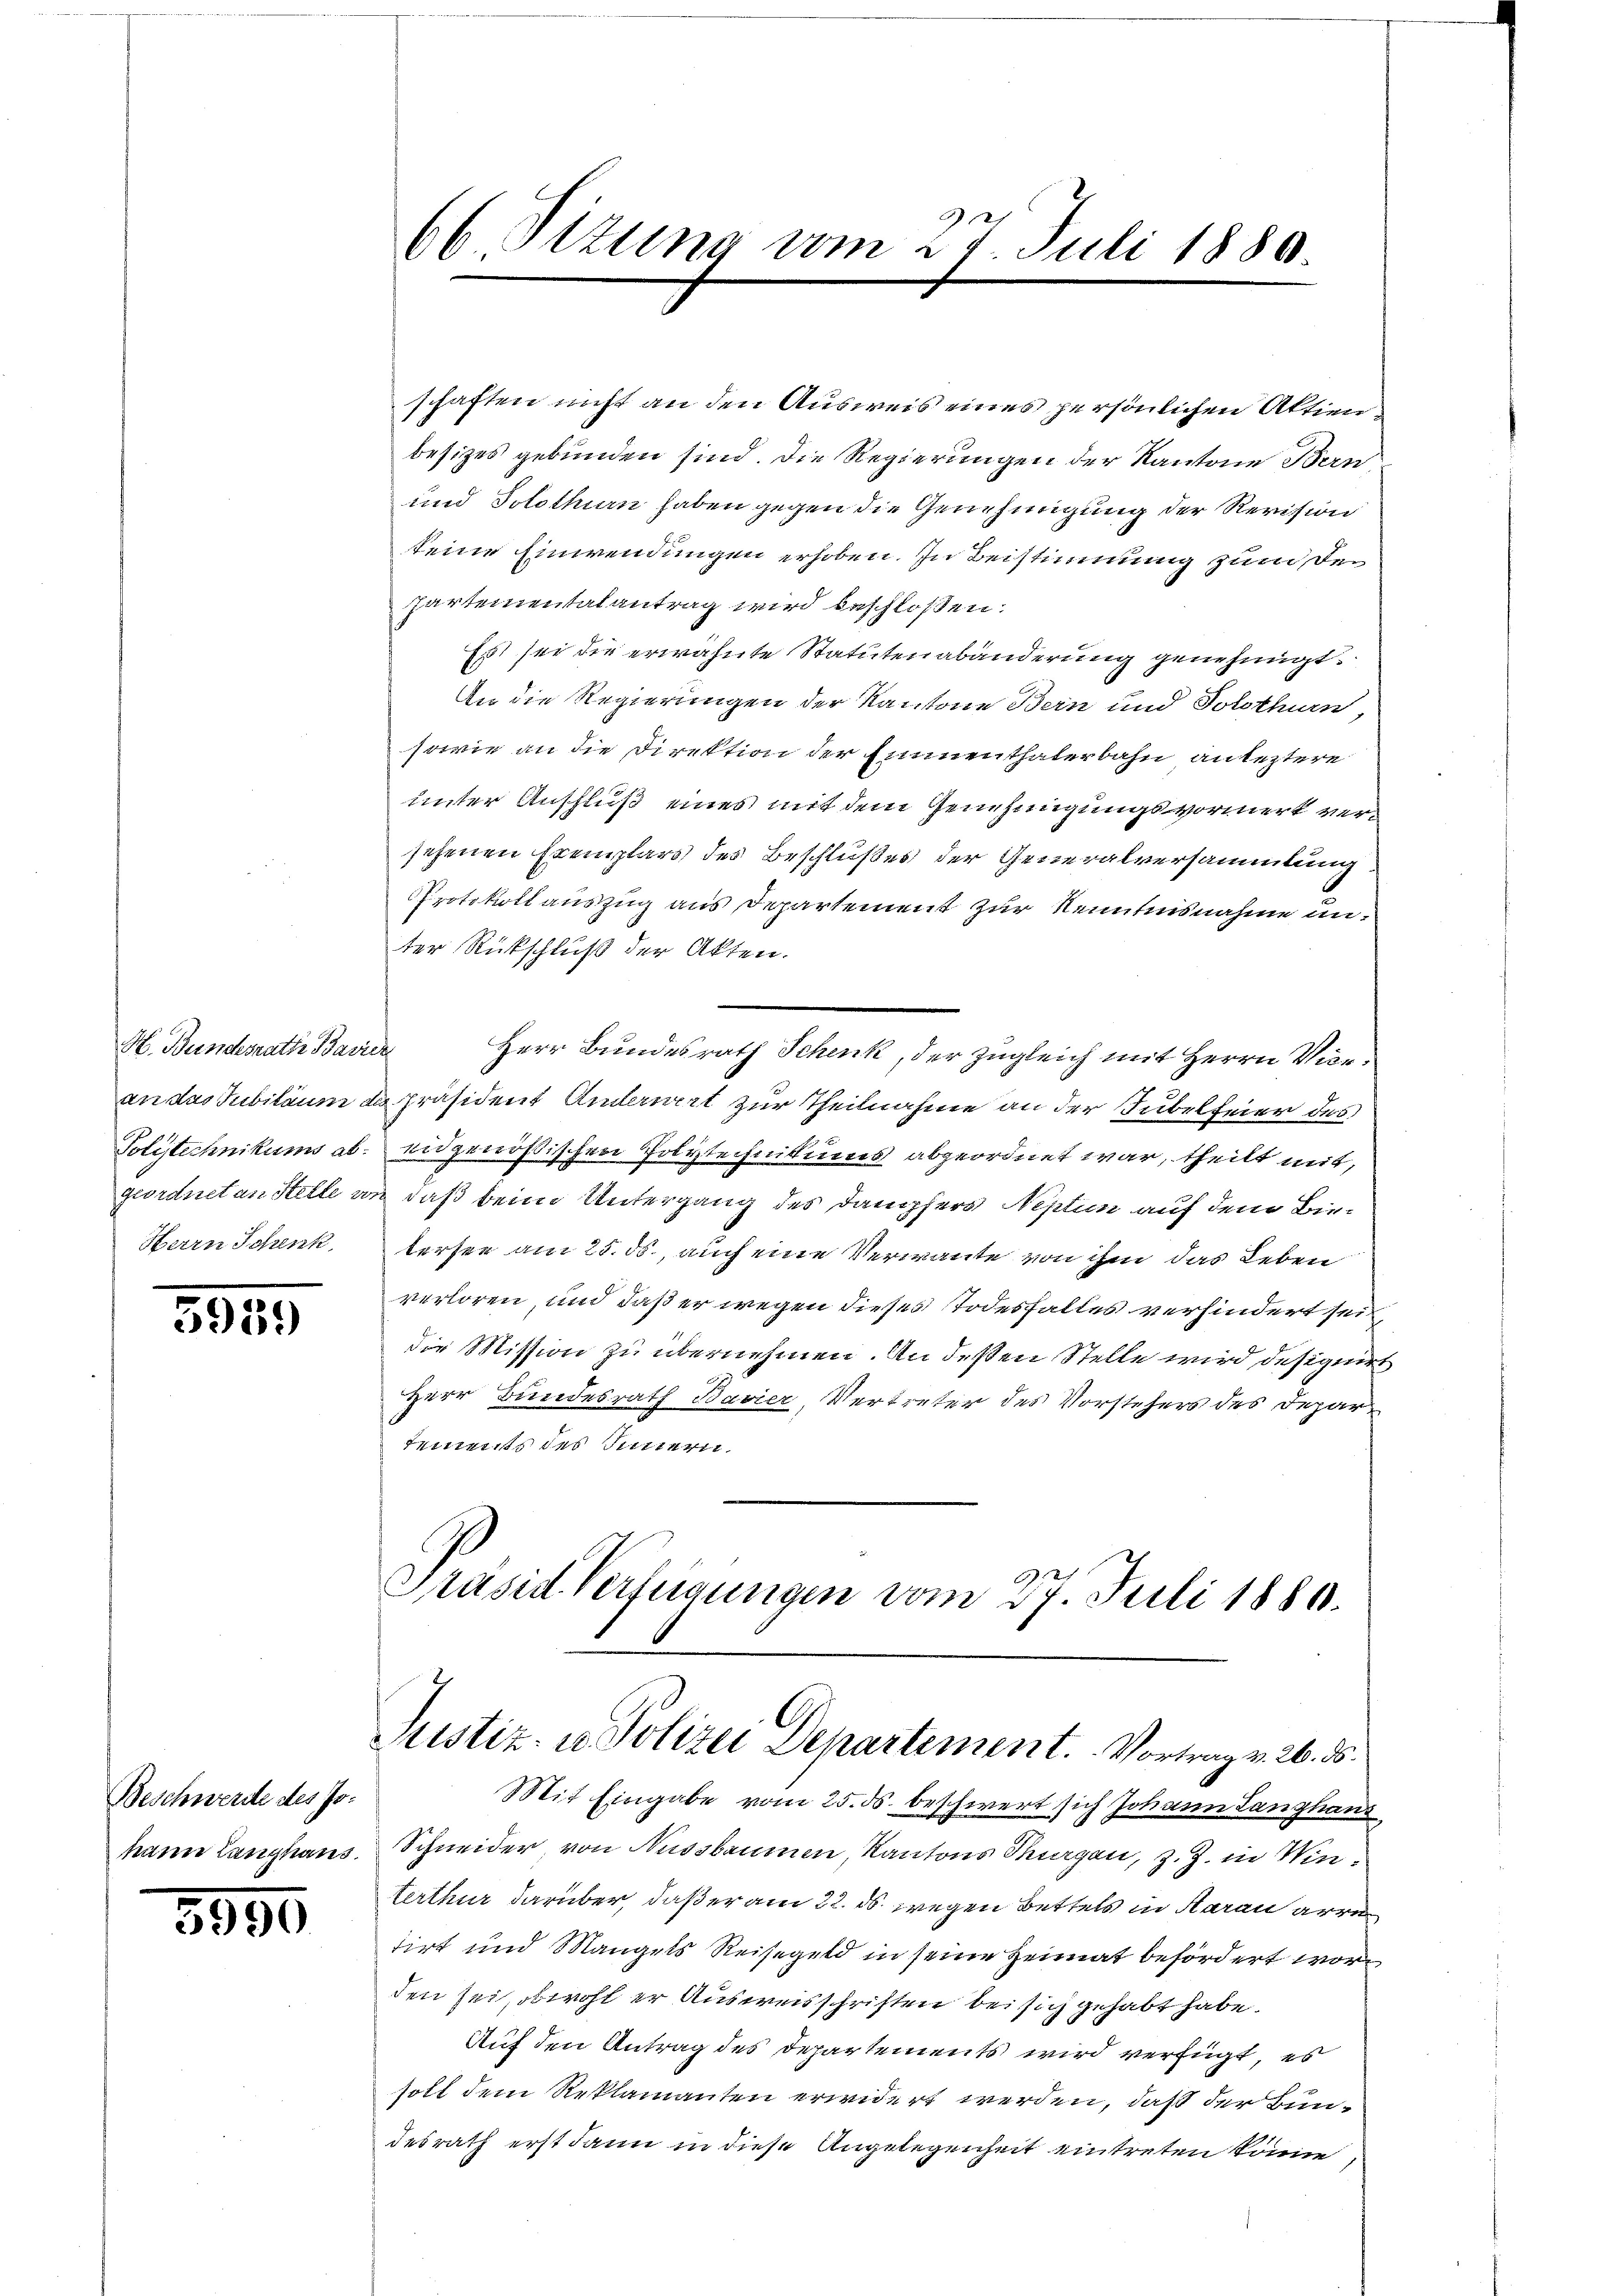
Herrn Schenk

3959

Beschwerde des Johann Langhaus.

3990

schaften nicht an den Ausweis eines persönlichen Aktien
besizes gebunden sind. Die Regierungen der Kantone Bern
und Solothurn haben gegen die Genehmigung der Revision
keine Einwendungen erhoben. In Beistimmung zum den
Partementalantrag wird beschloßen:
Es sei die erwähnte Statuten abänderung genehmigt.
An die Regierungen der Kantone Bern und Solothurn,
sowie an die Direktion der Eimenthalerbahn anleztere
unter Anschluß eines mit dem Genehmigungsvormerk versehenen Exemplars des Beschlußes der Generalversammlung
Protokollauszug aus Departement zur Kenntnisnahme unter Rückschluß der Akten.
H. Bundesrath Baier Herr Bundesrath Schenk, der zugleich mit Herrn Vicean das Jubiläum de präsident Anderwert zur Theilnahme an der Jubelfeier des
Polytechnikums ab. eidgenößischen Polytechnikums abgeordnet war, theilt mit,
geordnet an Stelle an daß beim Untergang des Dampfers Neptin auf dem Bietersee am 25. ds., auch eine Verwante von ihm das Leben
verloren, und daß er wegen dieses Todesfalles verhindert sein,
die Mission zu übernehmen. An deßen Stelle wird desquirt
Herr Bundesrath Bavier, Vertreter des Vorstehers des Departiments des Innern

66 Titung vom 27. Juli 1880.

Präsid. Verfügungen vom 27. Juli 1880.
Justiz- u. Polizei Departement. Vortrag v. 26. ds.

Mit Eingabe vom 25. ds. beschwert sich Johann Langhans
Schneider, von Aussbaumen, Kantons Morgen, z. Z. in Winterthur darüber, daß er am 22. ds. wegen Bettels in daran arre
tirt und Mangels Reisegeld in seine Heimat befördert wor
den sei obwohl er Ausweisschriften bei sich gehabt habe.
Auf den Antrag des Departements wird verfügt, es
soll dem Reklamanten erwidert werden, daß der Bundesrath erst dann in diese Angelegenheit eintreten könne